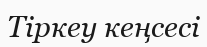
Тіркеу кеңсесі